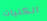
الكليات